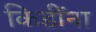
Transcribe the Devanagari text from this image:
किडींना